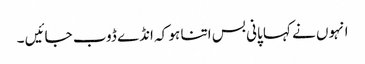
انہوں نے کہا پانی بس اتنا ہو کہ انڈے ڈوب جائیں ۔